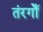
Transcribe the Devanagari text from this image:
तंरगोँ